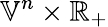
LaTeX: {\mathbb{V}}^{n}\times\mathbb{R}_{+}